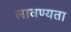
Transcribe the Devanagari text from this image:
लावण्‍यता